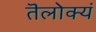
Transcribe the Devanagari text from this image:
तॆलोक्यं